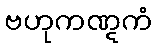
ဗဟုကဏ္ဋကံ